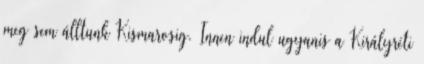
meg sem álltunk Kismarosig. Innen indul ugyanis a Királyréti